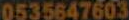
0535647603